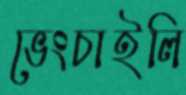
ভেংচাইলি